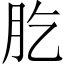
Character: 肐